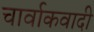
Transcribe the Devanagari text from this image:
चार्वाकवादी